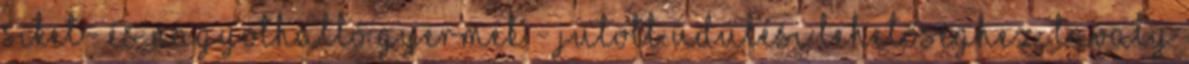
siket- és nagyothalló gyermek - jutott üdülési lehetőséghez. Tavaly